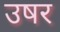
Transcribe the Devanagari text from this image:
उषर